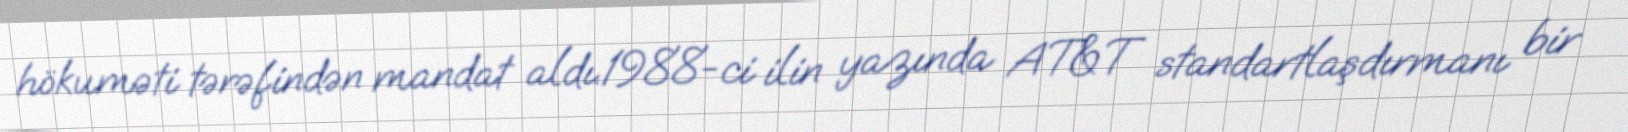
hökuməti tərəfindən mandat aldı.1988-ci ilin yazında AT&T standartlaşdırmanı bir